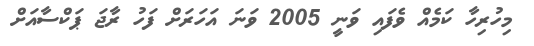
މިހުރިހާ ކަމެއް ވެފައި ވަނީ 2005 ވަނަ އަހަރަށް ފަހު ރާޖަ ޕަކްސާއަށް